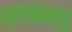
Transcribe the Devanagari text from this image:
शृंगवांस्तु